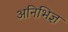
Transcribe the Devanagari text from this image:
अनिभिज्ञ